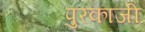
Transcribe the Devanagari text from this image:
पुरकाजी